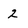
Character: 2